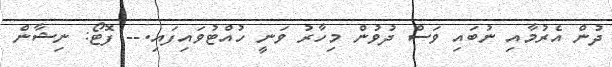
ދުން އެރުމާއި ނުބައި ވަސް ދުވުން މިހާރު ވަނީ ހުއްޓުވައިފައި.-- ފޮޓޯ: ނިޝާން